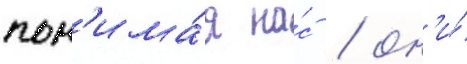
пон'има́я на́с / он'и́